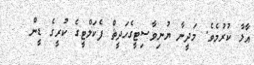
އާލާ ކުރުމެވެ. މަދީނާ ޔުނިވާސިޓީގެހަދީޘް ފެކަލްޓީގެ ކުރީގެ ޑީން